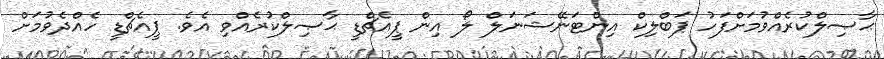
ޙާޞިލްކުރެއްވުމަށްފަހު ޕަބްލިކް އިންޓަނޭޝަނަލް ލޯ އިން ޕީއެޗްޑީ ޙާޞިލްކުރެއްވި އެވެ. ޕީއެޗްޑީ ހެއްދެވުމަށް